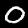
Digit: 0